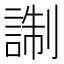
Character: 𧨰